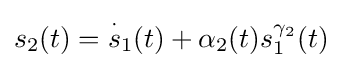
s_{2}(t)={\overset {\cdot }{s}}_{1}(t)+\alpha _{2}(t)s_{1}^{\gamma _{2}}(t)